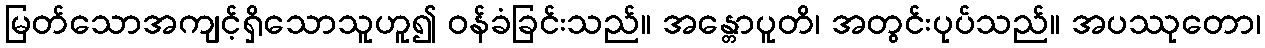
မြတ်သောအကျင့်ရှိသောသူဟူ၍ ဝန်ခံခြင်းသည်။ အန္တောပူတိ၊ အတွင်းပုပ်သည်။ အပဿုတော၊